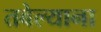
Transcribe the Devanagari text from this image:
तबेल्याना